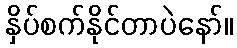
နှိပ်စက်နိုင်တာပဲနော်။